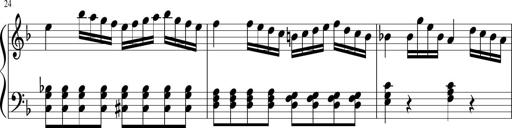
Title: Sonatina for Piano, WoO 50
Composer: Ludwig van Beethoven
Key: F major